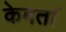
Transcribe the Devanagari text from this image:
केबर्ता